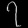
Digit: ၇